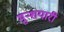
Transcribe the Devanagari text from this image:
मुन्शयारी